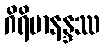
ဂိရိမာနန္ဒဿ